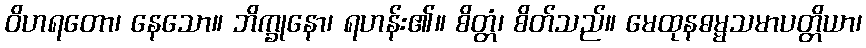
ဝိဟရတော၊ နေသော။ ဘိက္ခုနော၊ ရဟန်း၏။ စိတ္တံ၊ စိတ်သည်။ မေထုနဓမ္မသမာပတ္တိယာ၊